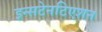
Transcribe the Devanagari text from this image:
इन्सटेनटिएशन